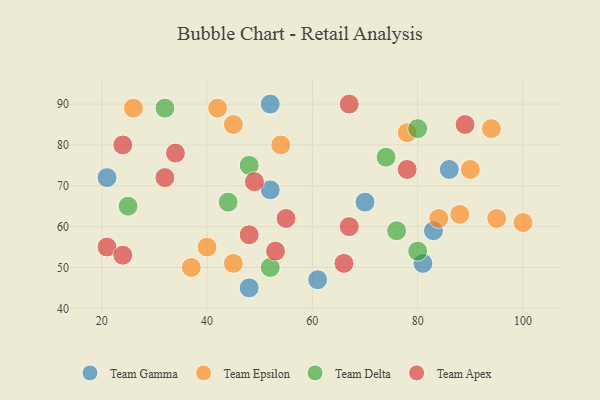
{"axis": {"x": "GDP", "y": "Life Expectancy"}, "legend": ["Team Apex", "Team Delta", "Team Epsilon", "Team Gamma"], "data": [{"x": "61", "y": 47, "type": "Team Gamma"}, {"x": "21", "y": 72, "type": "Team Gamma"}, {"x": "70", "y": 66, "type": "Team Gamma"}, {"x": "81", "y": 51, "type": "Team Gamma"}, {"x": "86", "y": 74, "type": "Team Gamma"}, {"x": "83", "y": 59, "type": "Team Gamma"}, {"x": "52", "y": 69, "type": "Team Gamma"}, {"x": "48", "y": 45, "type": "Team Gamma"}, {"x": "52", "y": 90, "type": "Team Gamma"}, {"x": "100", "y": 61, "type": "Team Epsilon"}, {"x": "42", "y": 89, "type": "Team Epsilon"}, {"x": "84", "y": 62, "type": "Team Epsilon"}, {"x": "54", "y": 80, "type": "Team Epsilon"}, {"x": "26", "y": 89, "type": "Team Epsilon"}, {"x": "37", "y": 50, "type": "Team Epsilon"}, {"x": "45", "y": 51, "type": "Team Epsilon"}, {"x": "90", "y": 74, "type": "Team Epsilon"}, {"x": "88", "y": 63, "type": "Team Epsilon"}, {"x": "45", "y": 85, "type": "Team Epsilon"}, {"x": "94", "y": 84, "type": "Team Epsilon"}, {"x": "40", "y": 55, "type": "Team Epsilon"}, {"x": "95", "y": 62, "type": "Team Epsilon"}, {"x": "78", "y": 83, "type": "Team Epsilon"}, {"x": "52", "y": 50, "type": "Team Delta"}, {"x": "74", "y": 77, "type": "Team Delta"}, {"x": "48", "y": 75, "type": "Team Delta"}, {"x": "76", "y": 59, "type": "Team Delta"}, {"x": "80", "y": 84, "type": "Team Delta"}, {"x": "80", "y": 54, "type": "Team Delta"}, {"x": "44", "y": 66, "type": "Team Delta"}, {"x": "25", "y": 65, "type": "Team Delta"}, {"x": "32", "y": 89, "type": "Team Delta"}, {"x": "67", "y": 60, "type": "Team Apex"}, {"x": "49", "y": 71, "type": "Team Apex"}, {"x": "89", "y": 85, "type": "Team Apex"}, {"x": "78", "y": 74, "type": "Team Apex"}, {"x": "48", "y": 58, "type": "Team Apex"}, {"x": "24", "y": 80, "type": "Team Apex"}, {"x": "66", "y": 51, "type": "Team Apex"}, {"x": "34", "y": 78, "type": "Team Apex"}, {"x": "21", "y": 55, "type": "Team Apex"}, {"x": "24", "y": 53, "type": "Team Apex"}, {"x": "55", "y": 62, "type": "Team Apex"}, {"x": "53", "y": 54, "type": "Team Apex"}, {"x": "67", "y": 90, "type": "Team Apex"}, {"x": "32", "y": 72, "type": "Team Apex"}]}